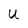
Character: U